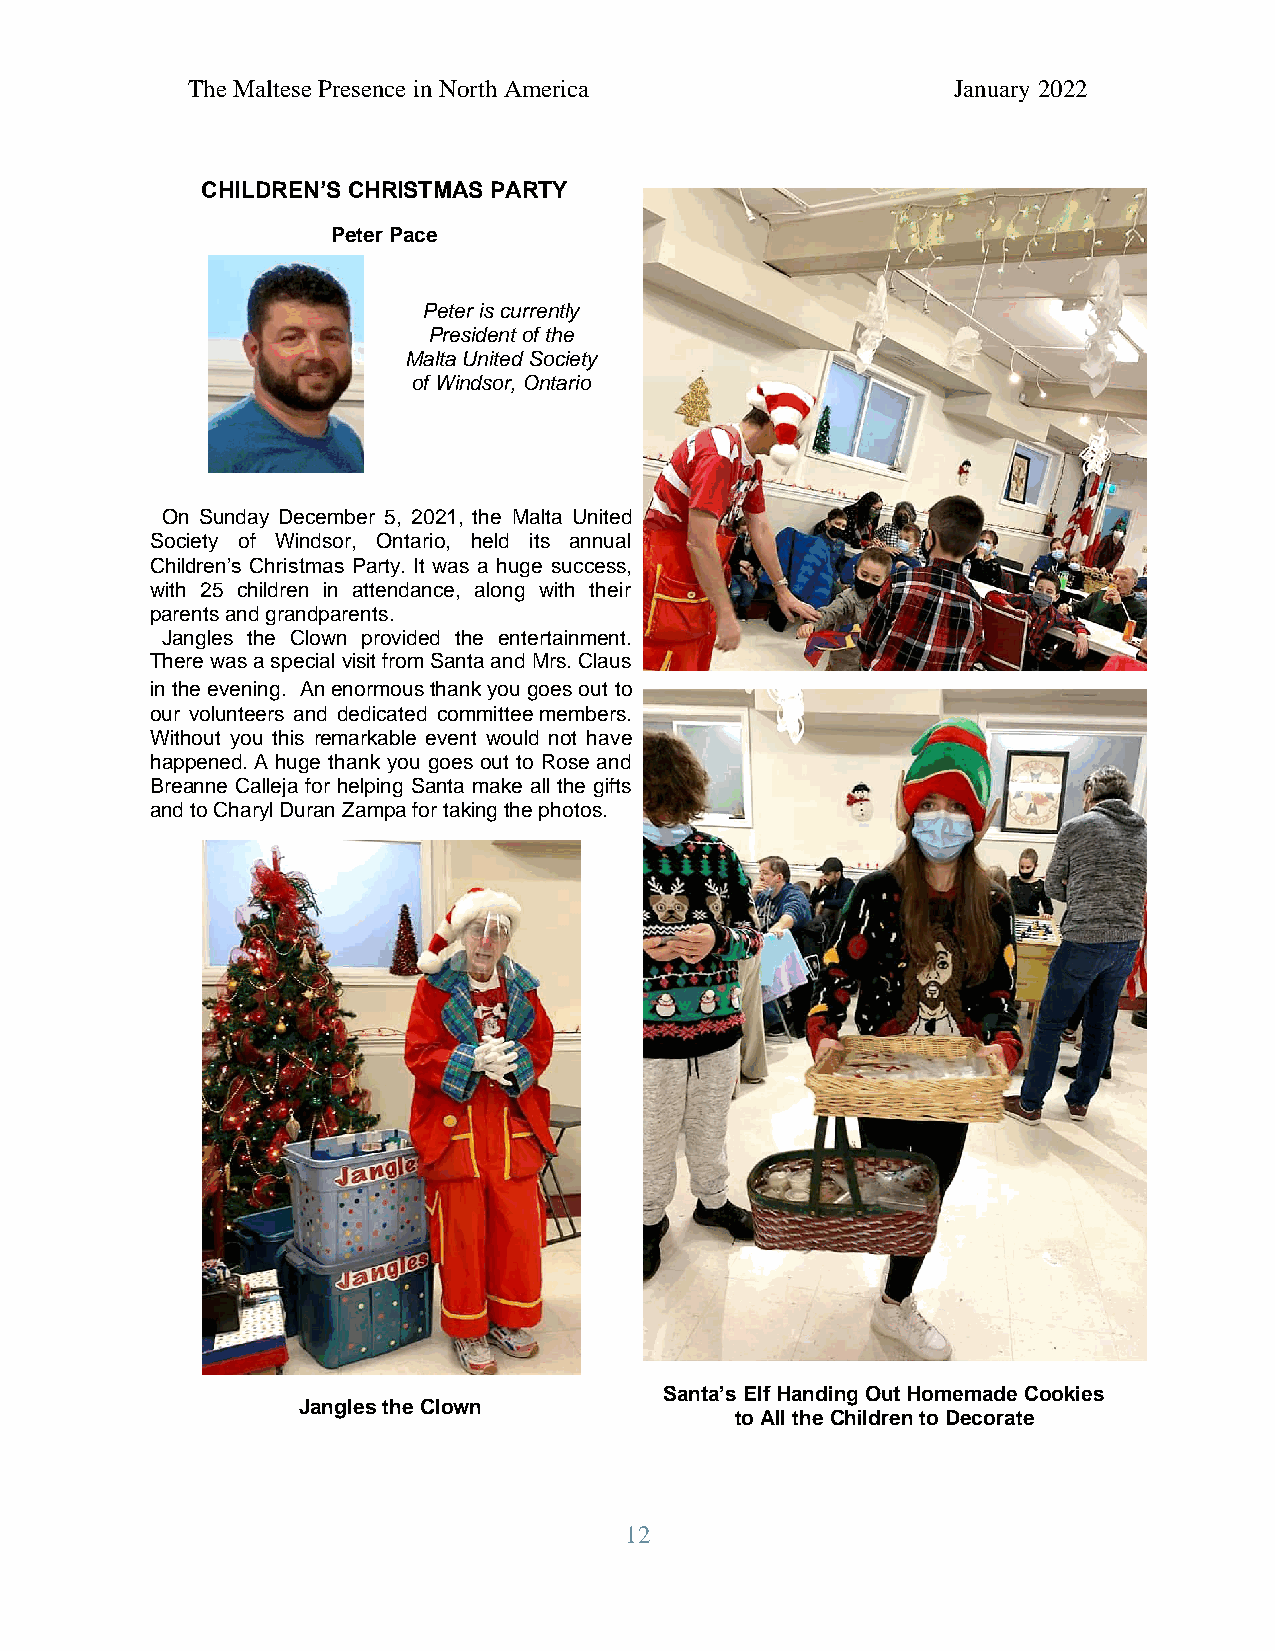
The Maltese Presence in North America              January 2022
 CHILDREN’S CHRISTMAS PARTY
 Peter Pace
 Peter is currently
 President of the
 Malta United Society
 of Windsor, Ontario
 On Sunday December 5, 2021, the Malta United
 Society of Windsor, Ontario, held its annual
 Children’s Christmas Party. It was a huge success,
 with 25 children in attendance, along with their
 parents and grandparents.
 Jangles the Clown provided the entertainment.
 There was a special visit from Santa and Mrs. Claus
 in the evening. An enormous thank you goes out to
 our volunteers and dedicated committee members.
 Without you this remarkable event would not have
 happened. A huge thank you goes out to Rose and
 Breanne Calleja for helping Santa make all the gifts
 and to Charyl Duran Zampa for taking the photos.
 Santa’s Elf Handing Out Homemade Cookies
 Jangles the Clown
 to All the Children to Decorate
 12